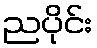
ညပိုင်း